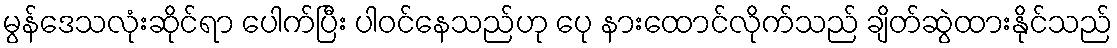
မွန်ဒေသလုံးဆိုင်ရာ ပေါက်ပြီး ပါဝင်နေသည်ဟု ပေု နားထောင်လိုက်သည် ချိတ်ဆွဲထားနိုင်သည်